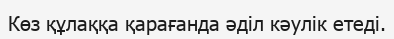
Көз құлаққа қарағанда әділ кәулік етеді.